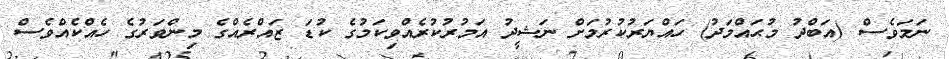
ނަމަވެސް (އަބްދު މުޙައްމަދު) ހައްޔަރުކުރުމަށް ނަޝީދު އަމުރުކުރެއްވިކަމުގެ ކުޑަ ޒައްރެއްގެ މިންވަރުގެ ހެއްކެެއްވެސް